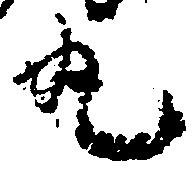
丸